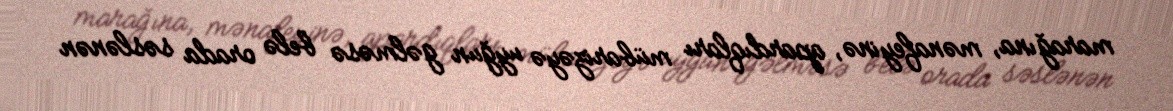
marağına, mənafeyinə, apardıqları mübarizəyə uyğun gəlməsə belə orada səslənən